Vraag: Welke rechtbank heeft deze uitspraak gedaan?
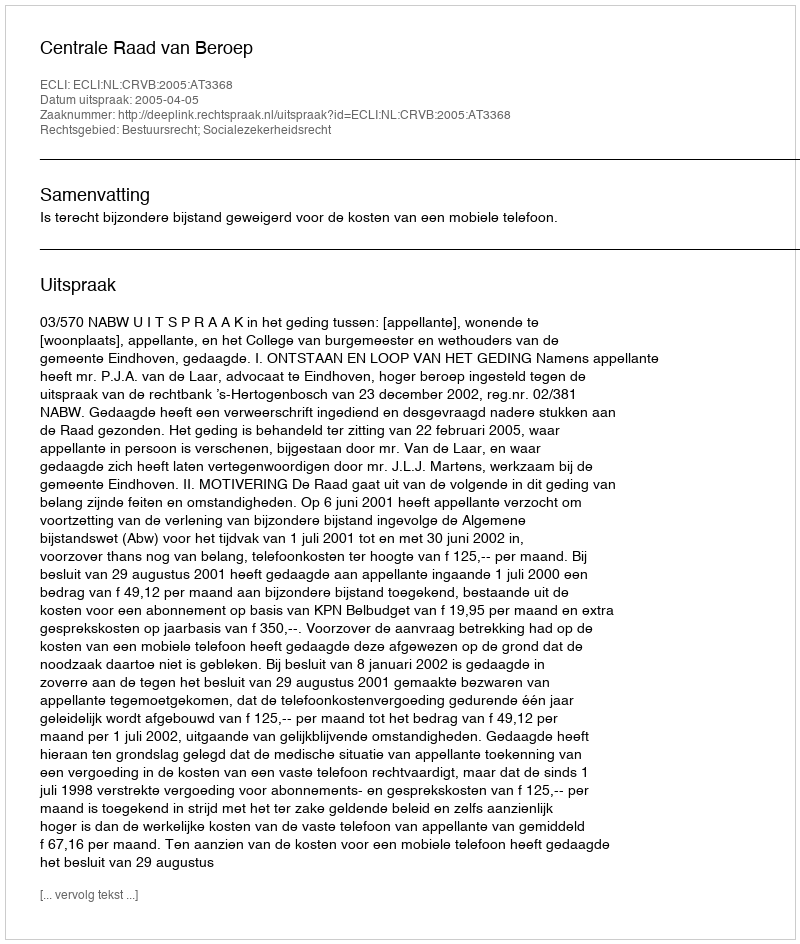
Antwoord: Centrale Raad van Beroep